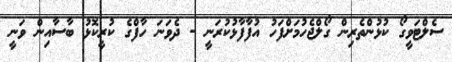
ސެލްޓަވީގޯ ކުޅުންތެރިން ގޯލްޖެހުމަށްފަހު އުފާފާޅުކުރަނީ - ދެވަނަ ހާފްގެ ކުރީކޮޅު ބާސާއިން ވަނީ